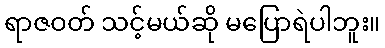
ရာဇဝတ် သင့်မယ်ဆို မပြောရဲပါဘူး။